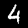
Label: 4